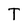
Character: T